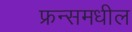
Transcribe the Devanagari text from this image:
फ्रन्समधील